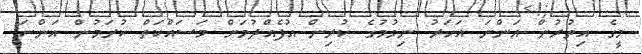
މީގެ އިތުރުން އަންނަ އަހަރު ނިމުމުގެ ކުރިން އުފެއްދުމަށް މަސައްކަތް ކުރަމުން އަންނަ